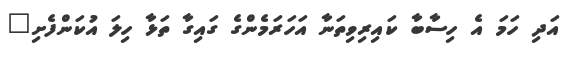
އަދި ހަމަ އެ ހިސާބާ ކައިރިވިތަނާ އަހަރަމެންގެ ގައިގާ ތަޅާ ހިލަ އުކަންފެށި"